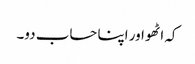
کہ اٹھو اور اپنا حساب دو۔